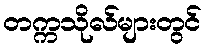
တက္ကသိုလ်များတွင်